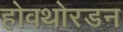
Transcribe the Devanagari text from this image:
होवथोरडन